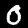
Label: 0